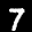
Label: 7